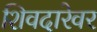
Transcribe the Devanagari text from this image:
शिवदारेवर